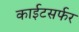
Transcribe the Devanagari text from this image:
काईटसर्फर